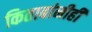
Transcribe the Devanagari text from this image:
किताबांनीही